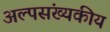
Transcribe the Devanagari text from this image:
अल्पसंख्यकीय